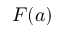
F ( a )